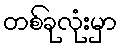
တစ်ခုလုံးမှာ